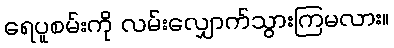
ရေပူစမ်းကို လမ်းလျှောက်သွားကြမလား။